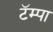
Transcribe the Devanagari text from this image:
टॅम्पा